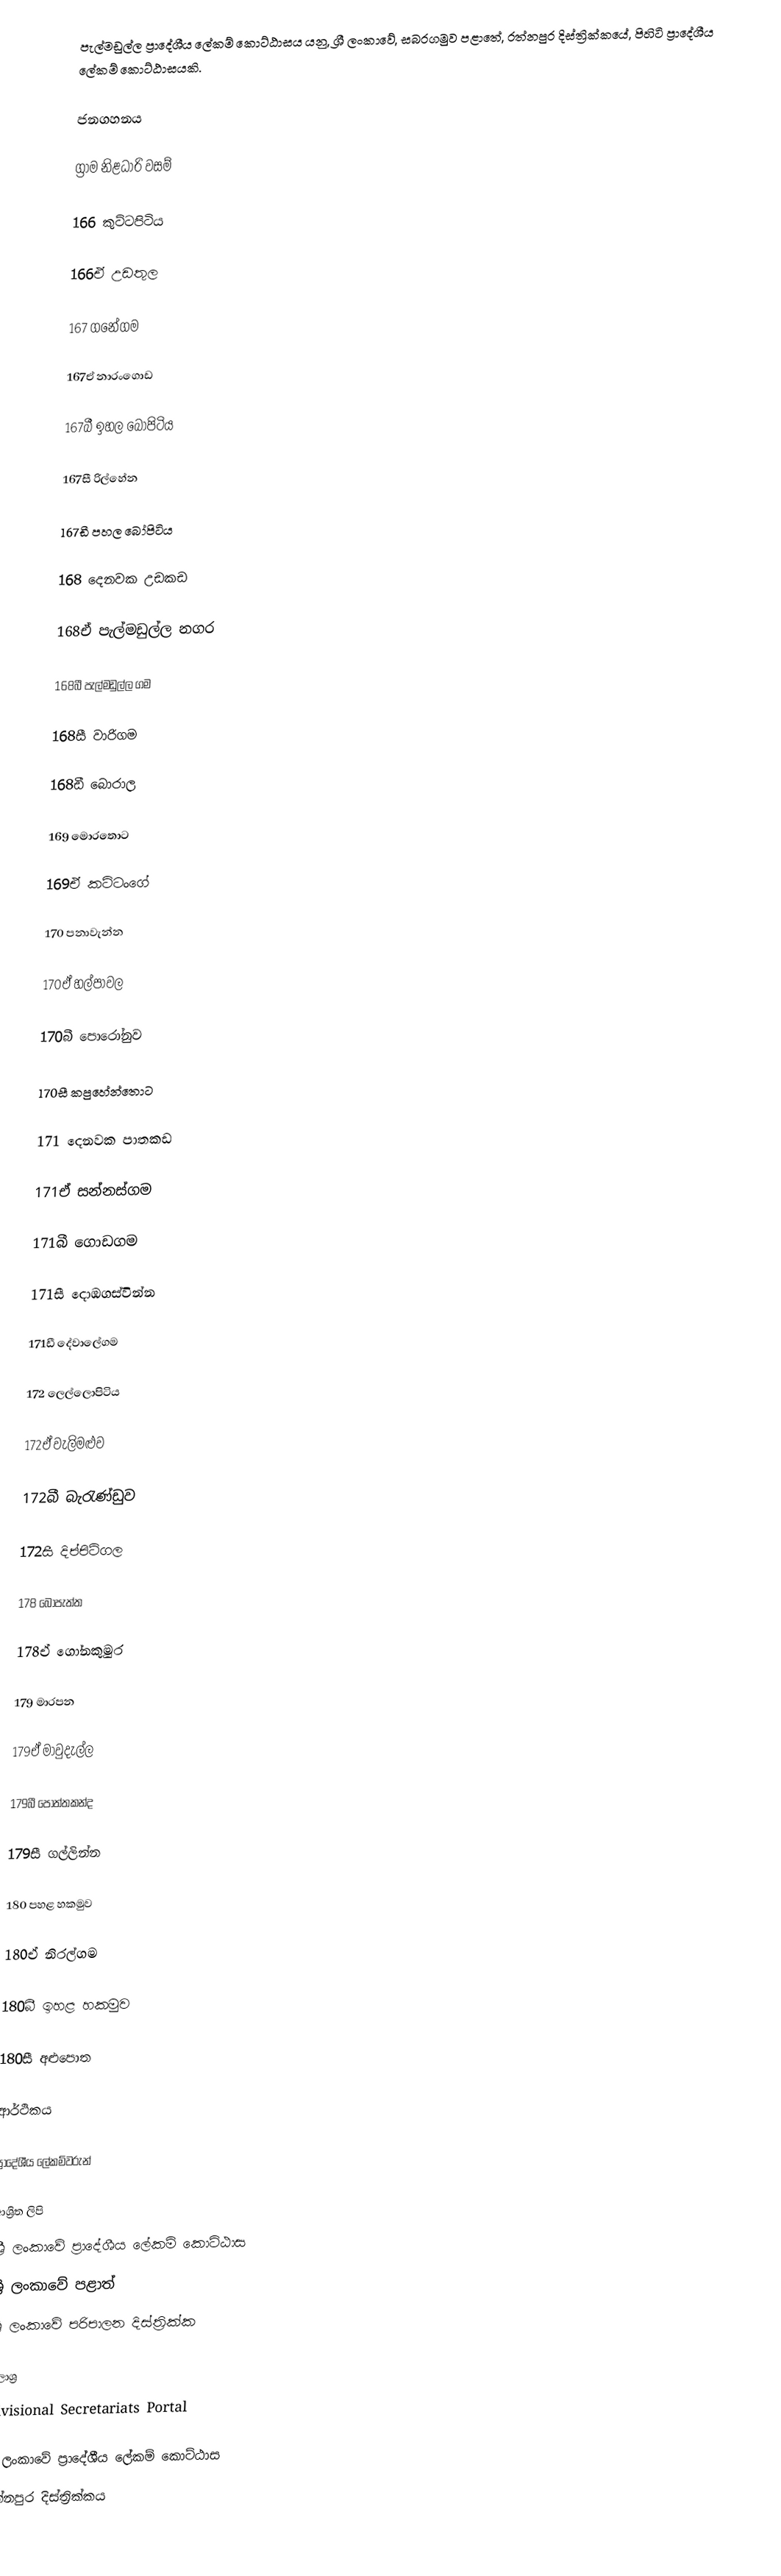
පැල්මඩුල්ල ප්‍රාදේශීය ලේකම් කොට්ඨාසය යනු,  ශ්‍රී ලංකාවේ, සබරගමුව පළාතේ,   රත්නපුර දිස්ත්‍රික්කයේ, පිහිටි ප්‍රාදේශීය ලේකම් කොට්ඨාසයකි.

ජනගහනය

ග්‍රාම නිළධාරි වසම්

166 කුට්ටපිටිය

166ඒ උඩතුල

167 ගනේගම

167ඒ නාරංගොඩ

167බී ඉහල බෝපිටිය

167සී රිල්හේන

167ඩී පහල බෝපිටිය

168 දෙනවක උඩකඩ

168ඒ පැල්මඩුල්ල නගර

168බී පැල්මඩුල්ල ගම

168සී වාරිගම

168ඩී බොරාල

169 මොරතොට

169ඒ කට්ටංගේ

170 පනාවැන්න

170ඒ හල්පාවල

170බී පොරෝනුව

170සී කපුහේන්තොට

171 දෙනවක පාතකඩ

171ඒ සන්නස්ගම

171බී ගොඩගම

171සී දොඹගස්වින්න

171ඩී දේවාලේගම

172 ලෙල්ලොපිටිය

172ඒ වැලිමළුව

172බී බැරැණ්ඩුව

172සී දිප්පිටිගල

178 බෝපැත්ත

178ඒ ගෝනකුමුර

179 මාරපන

179ඒ මාවුදැල්ල

179බී පොත්තකන්ද

179සී ගල්ලින්න

180 පහළ හකමුව

180ඒ නිරල්ගම

180බී ඉහළ හකමුව

180සී අළුපොත

ආර්ථිකය

ප්‍රාදේශීය ලේකම්වරුන්

ආශ්‍රිත ලිපි
ශ්‍රී ලංකාවේ ප්‍රාදේශීය ලේකම් කොට්ඨාස
ශ්‍රී ලංකාවේ පළාත්
ශ්‍රී ලංකාවේ පරිපාලන දිස්ත්‍රික්ක

මූලාශ්‍ර
 Divisional Secretariats Portal

ශ්‍රී ලංකාවේ ප්‍රාදේශීය ලේකම් කොට්ඨාස
රත්නපුර  දිස්ත්‍රික්කය